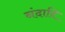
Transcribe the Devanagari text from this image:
नंदादि